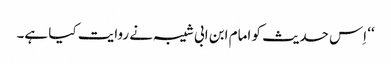
‘‘ اِس حدیث کو امام ابن ابی شیبہ نے روایت کیا ہے۔